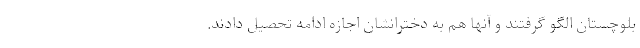
بلوچستان الگو گرفتند و آنها هم به دخترانشان اجازه ادامه تحصیل دادند.